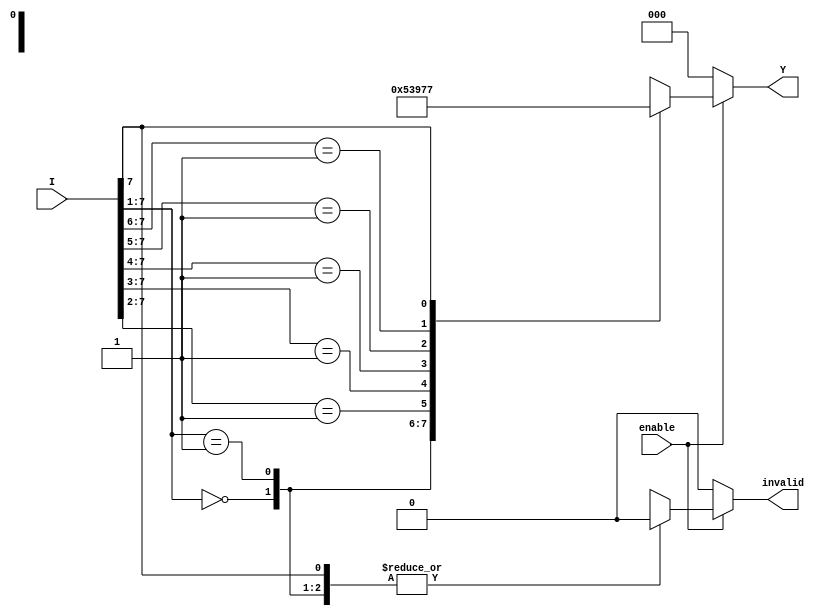
module octal_to_binary_encoder (
    input wire [7:0] I,        // 8-bit octal input
    input wire enable,         // Enable signal
    output reg [2:0] Y,        // 3-bit binary output
    output reg invalid         // Invalid state indicator
);

// Always block to handle the encoding logic
always @(*) begin
    if (!enable) begin
        Y = 3'b000;            // Output is 000 when not enabled
        invalid = 1'b0;       // No invalid state when disabled
    end else begin
        // Default values
        Y = 3'b000;            // Default output
        invalid = 1'b1;       // Assume invalid until a valid input is found
        
        // Priority encoding logic
        casez (I)
            8'b0000000?: begin Y = 3'b000; invalid = 1'b0; end // I0
            8'b0000001?: begin Y = 3'b001; invalid = 1'b0; end // I1
            8'b000001??: begin Y = 3'b010; invalid = 1'b0; end // I2
            8'b00001???: begin Y = 3'b011; invalid = 1'b0; end // I3
            8'b0001????: begin Y = 3'b100; invalid = 1'b0; end // I4
            8'b001?????: begin Y = 3'b101; invalid = 1'b0; end // I5
            8'b01??????: begin Y = 3'b110; invalid = 1'b0; end // I6
            8'b1??????? : begin Y = 3'b111; invalid = 1'b0; end // I7
            default: begin Y = 3'b000; invalid = 1'b1; end // Invalid state
        endcase
    end
end

endmodule